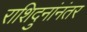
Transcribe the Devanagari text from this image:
राशिदुनांनंतर